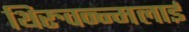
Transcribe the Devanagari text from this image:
थिरुवन्न्मलाई